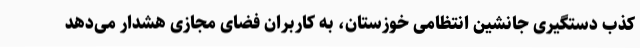
کذب دستگیری جانشین انتظامی خوزستان، به کاربران فضای مجازی هشدار می‌دهد